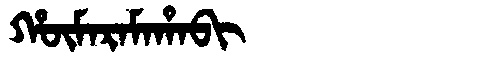
Manchu: ᡥᡡᠮᠠᡵᠠᠮᠠᡥᠠᠪᡳ
Romanization: HŪMARAMAHABI